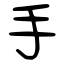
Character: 手